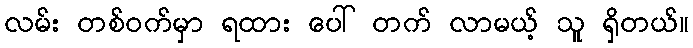
လမ်း တစ်ဝက်မှာ ရထား ပေါ် တက် လာမယ့် သူ ရှိတယ်။